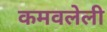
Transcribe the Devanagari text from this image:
कमवलेली